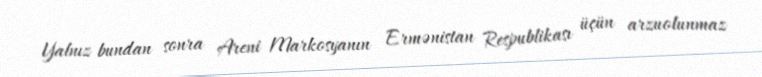
Yalnız bundan sonra Areni Markosyanın Ermənistan Respublikası üçün arzuolunmaz